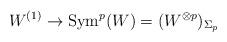
LaTeX: \begin{align*}W^{(1)} \to \mathrm{Sym}^p(W)=(W^{\otimes p})_{\Sigma_p}\end{align*}